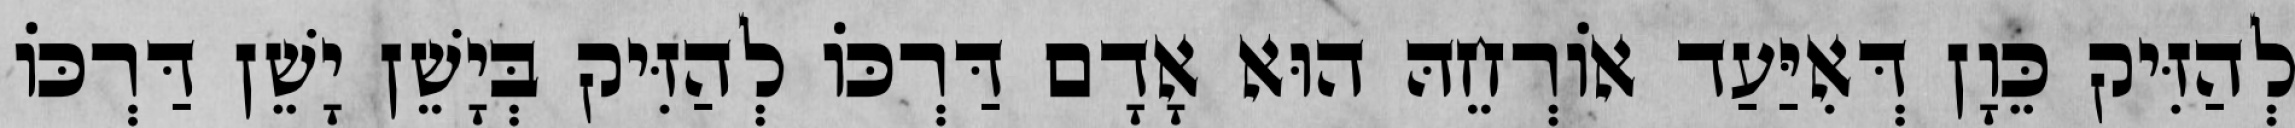
לְהַזִּיק כֵּוָן דְּאִיַּעַד אוֹרְחֵהּ הוּא אָדָם דַּרְכּוֹ לְהַזִּיק בְּיָשֵׁן יָשֵׁן דַּרְכּוֹ